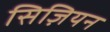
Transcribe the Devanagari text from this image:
सिज़ियन